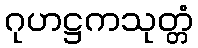
ဂုဟဋ္ဌကသုတ္တံ